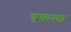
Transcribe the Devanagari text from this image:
एकत्स